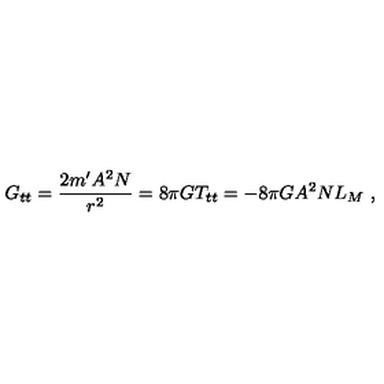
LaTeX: G _ { t t } = \frac { 2 m ^ { \prime } A ^ { 2 } N } { r ^ { 2 } } = 8 \pi G T _ { t t } = - 8 \pi G A ^ { 2 } N L _ { M } \ ,